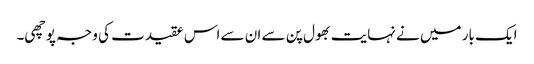
ایک بار میں نے نہایت بھول پن سے ان سے اس عقیدت کی وجہ پوچھی۔